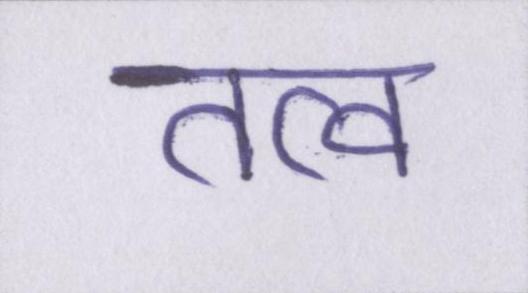
तत्व